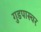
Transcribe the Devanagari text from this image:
गुडपास्चर